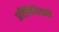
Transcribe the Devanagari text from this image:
प्रतिनिधित्वही